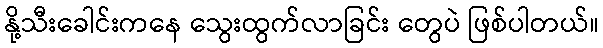
နို့သီးခေါင်းကနေ သွေးထွက်လာခြင်း တွေပဲ ဖြစ်ပါတယ်။